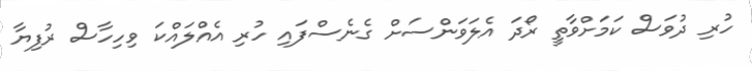
ހުރި ދުވަސް ކަމަށްވާތީ ރޯދަ އެލަވަންސަށް ގެެނެސްފައި ހުރި އެއްލައްކަ ވިހިހާސް ރުފިޔާ